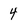
Character: 4